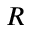
R